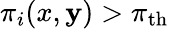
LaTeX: \pi_{i}(x,\mathbf{y})>\pi_{\mathrm{{th}}}